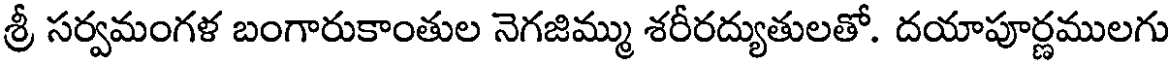
శ్రీ సర్వమంగళ బంగారుకాంతుల నెగజిమ్ము శరీరద్యుతులతో. దయాపూర్ణములగు